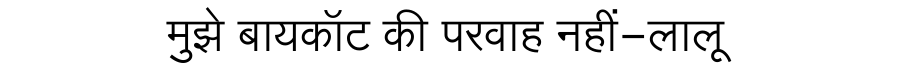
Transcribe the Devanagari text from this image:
मुझे बायकॉट की परवाह नहीं-लालू